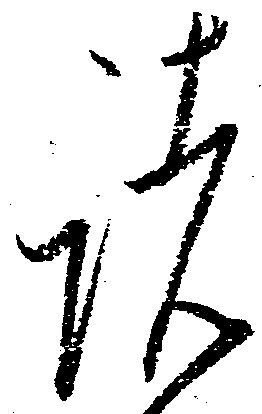
諸